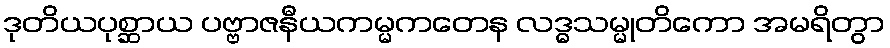
ဒုတိယပုစ္ဆာယ ပဗ္ဗာဇနီယကမ္မကတေန လဒ္ဓသမ္မုတိကော အမရိတွာ